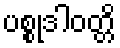
ပစ္စုဒါဝတ္တိ